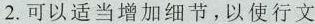
2.可以适当增加细节，以使行文